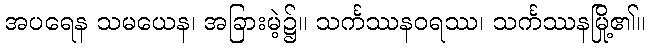
အပရေန သမယေန၊ အခြားမဲ့၌။ သင်္ကဿနဝရဿ၊ သင်္ကဿနမြို့၏။